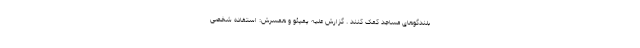
بلندگوهای مساجد کمک کنند . گزارش علیه پمپئو و همسرش: استفاده شخصی